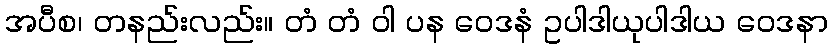
အပီစ၊ တနည်းလည်း။ တံ တံ ဝါ ပန ဝေဒနံ ဥပါဒါယုပါဒါယ ဝေဒနာ